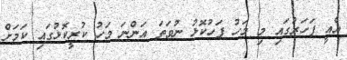
އެއީ ފަހަރުގައި މި މަހު ފަހުކޮޅު ނުވަތަ އަންނަ މަހު ކުރީކޮޅުގައި ކަމަށް